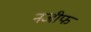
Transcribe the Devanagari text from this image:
नजीफ